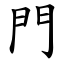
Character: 門